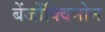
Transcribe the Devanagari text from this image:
बेंजोंक्विनोन